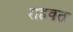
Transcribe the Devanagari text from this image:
राहवत